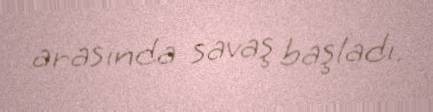
arasında savaş başladı.